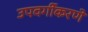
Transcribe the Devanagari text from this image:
उपवर्गीकरणे